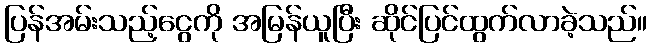
ပြန်အမ်းသည့်ငွေကို အမြန်ယူပြီး ဆိုင်ပြင်ထွက်လာခဲ့သည်။